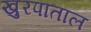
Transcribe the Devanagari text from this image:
खुरपाताल